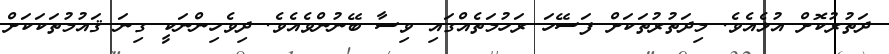
ދަތުރުކޮށް އުޅެއެވެ. މިދަތުރުތަކަށް ފަސޭހަ ރަހުމަތެއްގައި ވިސާ ބޭނުންވެއެވެ. ދިވެހިންނަކީ ގިނަ ޤައުމުތަކަކަށް